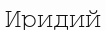
Иридий